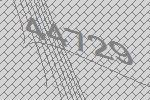
44729